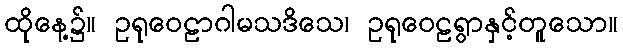
ထိုနေ့၌။ ဥရုဝေဠာဂါမသဒိသေ၊ ဥရုဝေဠရွာနှင့်တူသော။